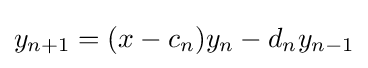
y_{n+1}=(x-c_{n})y_{n}-d_{n}y_{n-1}